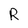
Character: R